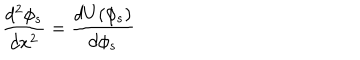
LaTeX: \frac { d ^ { 2 } \phi _ { s } } { d x ^ { 2 } } = \frac { d U ( \phi _ { s } ) } { d \phi _ { s } }